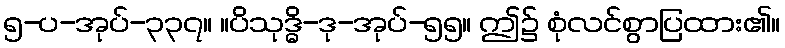
၅-ပ-အုပ်-၃၃၇။ ။ပိသုဒ္ဓိ-ဒု-အုပ်-၅၅။ ဤ၌ စုံလင်စွာပြထား၏။